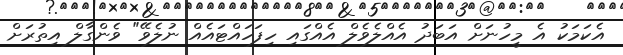
އެކަމަކު އެ މީހުނަށް އަބަދު އެއްލެވެލް އެއްގައި ހިފަހައްޓައެއް ނުލެވޭ" ވެންގާލް އިތުރަށް